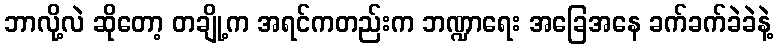
ဘာလို့လဲ ဆိုတော့ တချို့က အရင်ကတည်းက ဘဏ္ဍာရေး အခြေအနေ ခက်ခက်ခဲခဲနဲ့